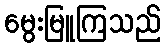
မွေးမြူကြသည်